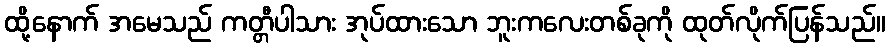
ထို့နောက် အမေသည် ကတ္တီပါသား အုပ်ထားသော ဘူးကလေးတစ်ခုကို ထုတ်လိုက်ပြန်သည်။